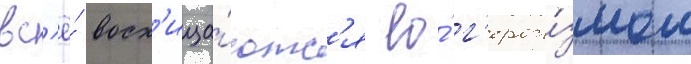
вс'ё́ восх'ища́ютс'я ео́ г'ерои́змом